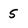
Character: s